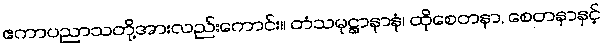
ဧကာပညာသတို့အားလည်းကောင်း။ တံသမုဋ္ဌာနာနံ၊ ထိုစေတနာ, စေတနာနှင့်